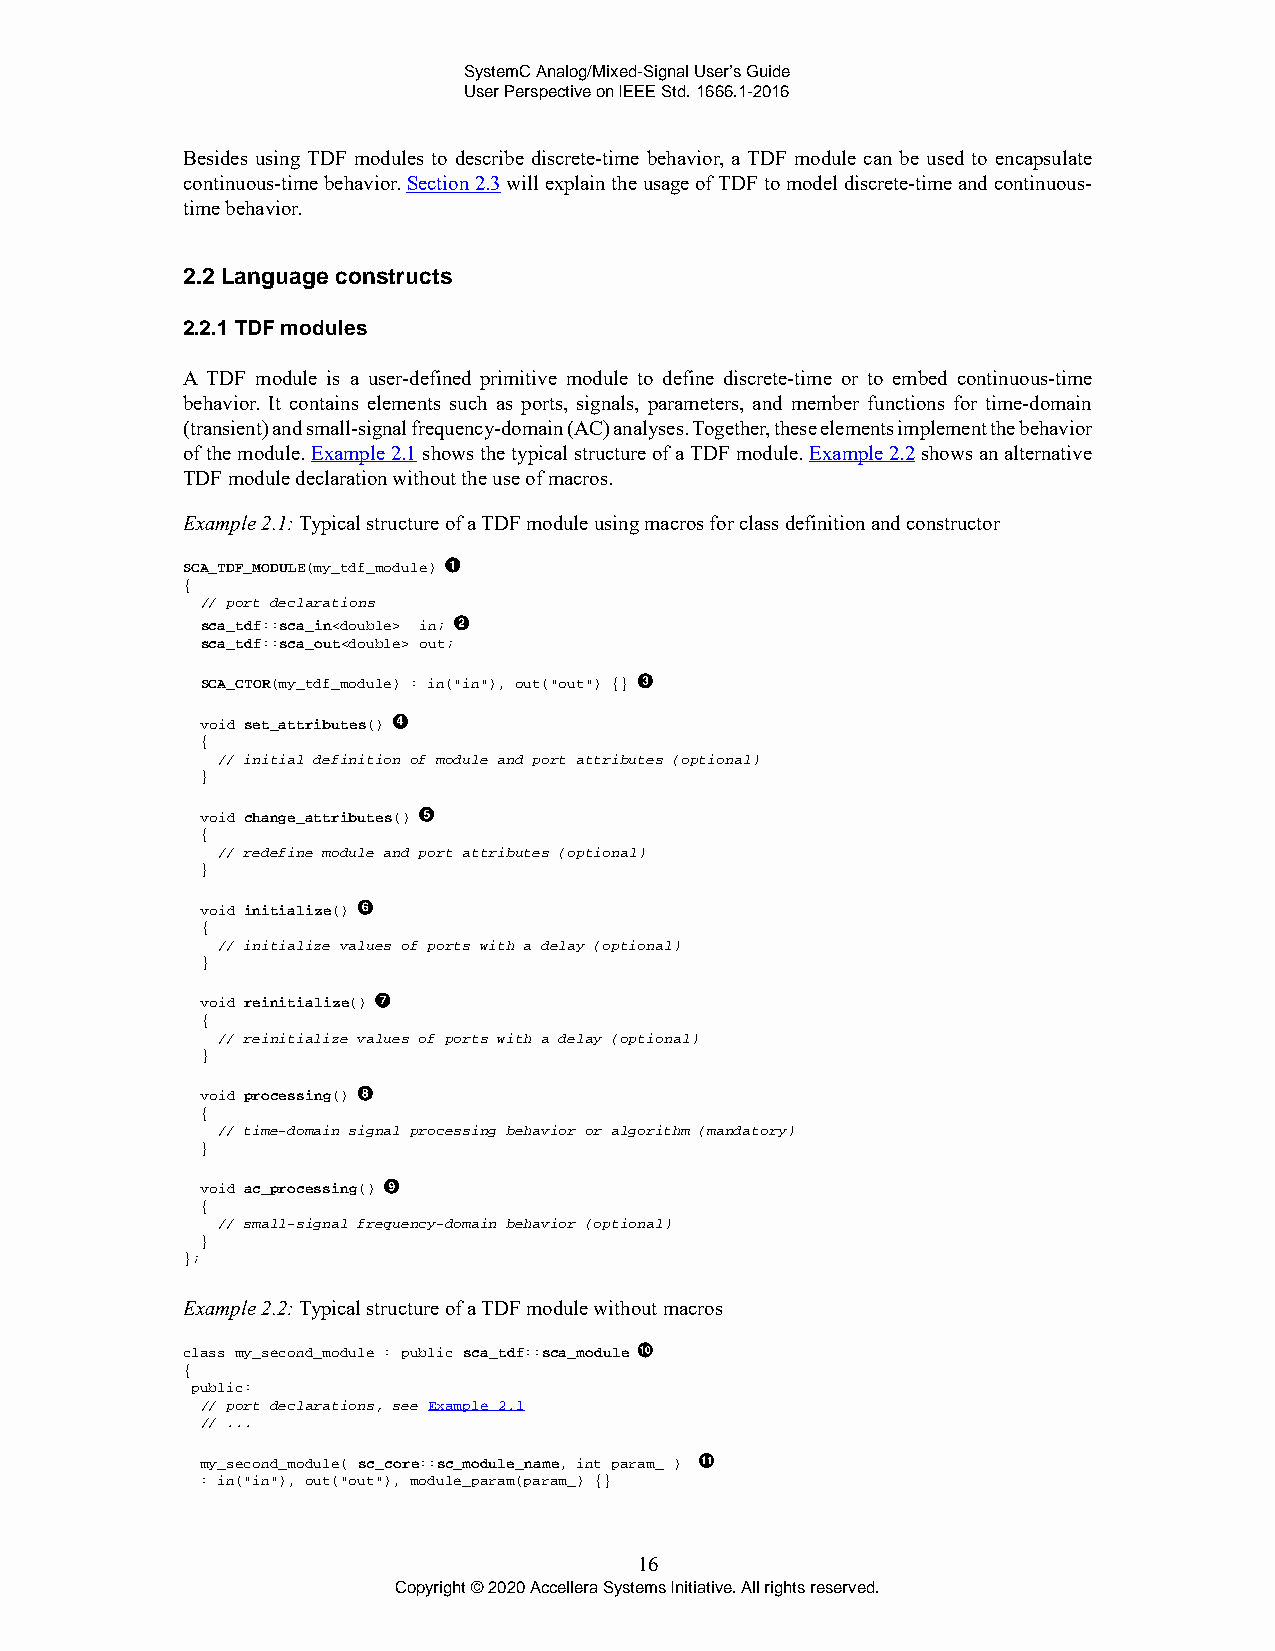
SystemC Analog/Mixed-Signal User’s Guide
 User Perspective on IEEE Std. 1666.1-2016
 Besides using TDF modules to describe discrete-time behavior, a TDF module can be used to encapsulate
 continuous-time behavior. Section 2.3 will explain the usage of TDF to model discrete-time and continuous-
 time behavior.
 2.2 Language constructs
 2.2.1 TDF modules
 A TDF module is a user-defined primitive module to define discrete-time or to embed continuous-time
 behavior. It contains elements such as ports, signals, parameters, and member functions for time-domain
 (transient) and small-signal frequency-domain (AC) analyses. Together, these elements implement the behavior
 of the module. Example 2.1 shows the typical structure of a TDF module. Example 2.2 shows an alternative
 TDF module declaration without the use of macros.
 Example 2.1: Typical structure of a TDF module using macros for class definition and constructor
 SCA_TDF_MODULE(my_tdf_module)
 {
 // port declarations
 sca_tdf::sca_in<double> in;
 sca_tdf::sca_out<double> out;
 SCA_CTOR(my_tdf_module) : in("in"), out("out") {}
 void set_attributes()
 {
 // initial definition of module and port attributes (optional)
 }
 void change_attributes()
 {
 // redefine module and port attributes (optional)
 }
 void initialize()
 {
 // initialize values of ports with a delay (optional)
 }
 void reinitialize()
 {
 // reinitialize values of ports with a delay (optional)
 }
 void processing()
 {
 // time-domain signal processing behavior or algorithm (mandatory)
 }
 void ac_processing()
 {
 // small-signal frequency-domain behavior (optional)
 }
 };
 Example 2.2: Typical structure of a TDF module without macros
 class my_second_module : public sca_tdf::sca_module
 {
 public:
 // port declarations, see Example 2.1
 // ...
 my_second_module( sc_core::sc_module_name, int param_ )
 : in("in"), out("out"), module_param(param_) {}
 16
 Copyright © 2020 Accellera Systems Initiative. All rights reserved.